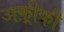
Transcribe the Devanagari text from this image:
अफ़्रीफी